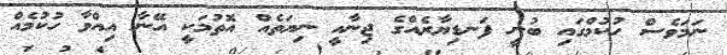
ނަމަވެސް ހުކުމްގައި ބުނީ ފަނޑިޔާރެއްގެ ޖިނާއީ ނިޔަތެއް އޮތުމަކީ އޭނާ އިއްވާ ހުކުމެއް